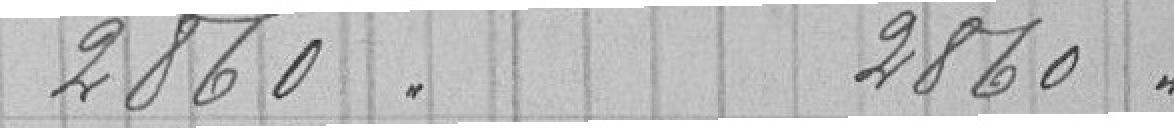
2860.      2860"